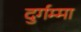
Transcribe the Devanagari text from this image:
दुर्गम्मा